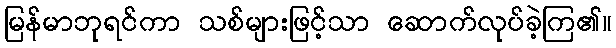
မြန်မာဘုရင်ကာ သစ်များဖြင့်သာ ဆောက်လုပ်ခဲ့ကြ၏။